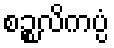
စဉ္စလိကပ္ပံ